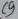
Text: C9